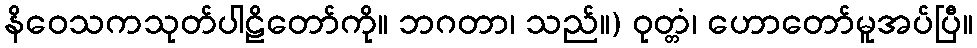
နိဝေသကသုတ်ပါဠိတော်ကို။ ဘဂတာ၊ သည်။) ဝုတ္တံ၊ ဟောတော်မူအပ်ပြီ။